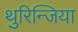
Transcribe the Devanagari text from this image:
थुरिन्जिया